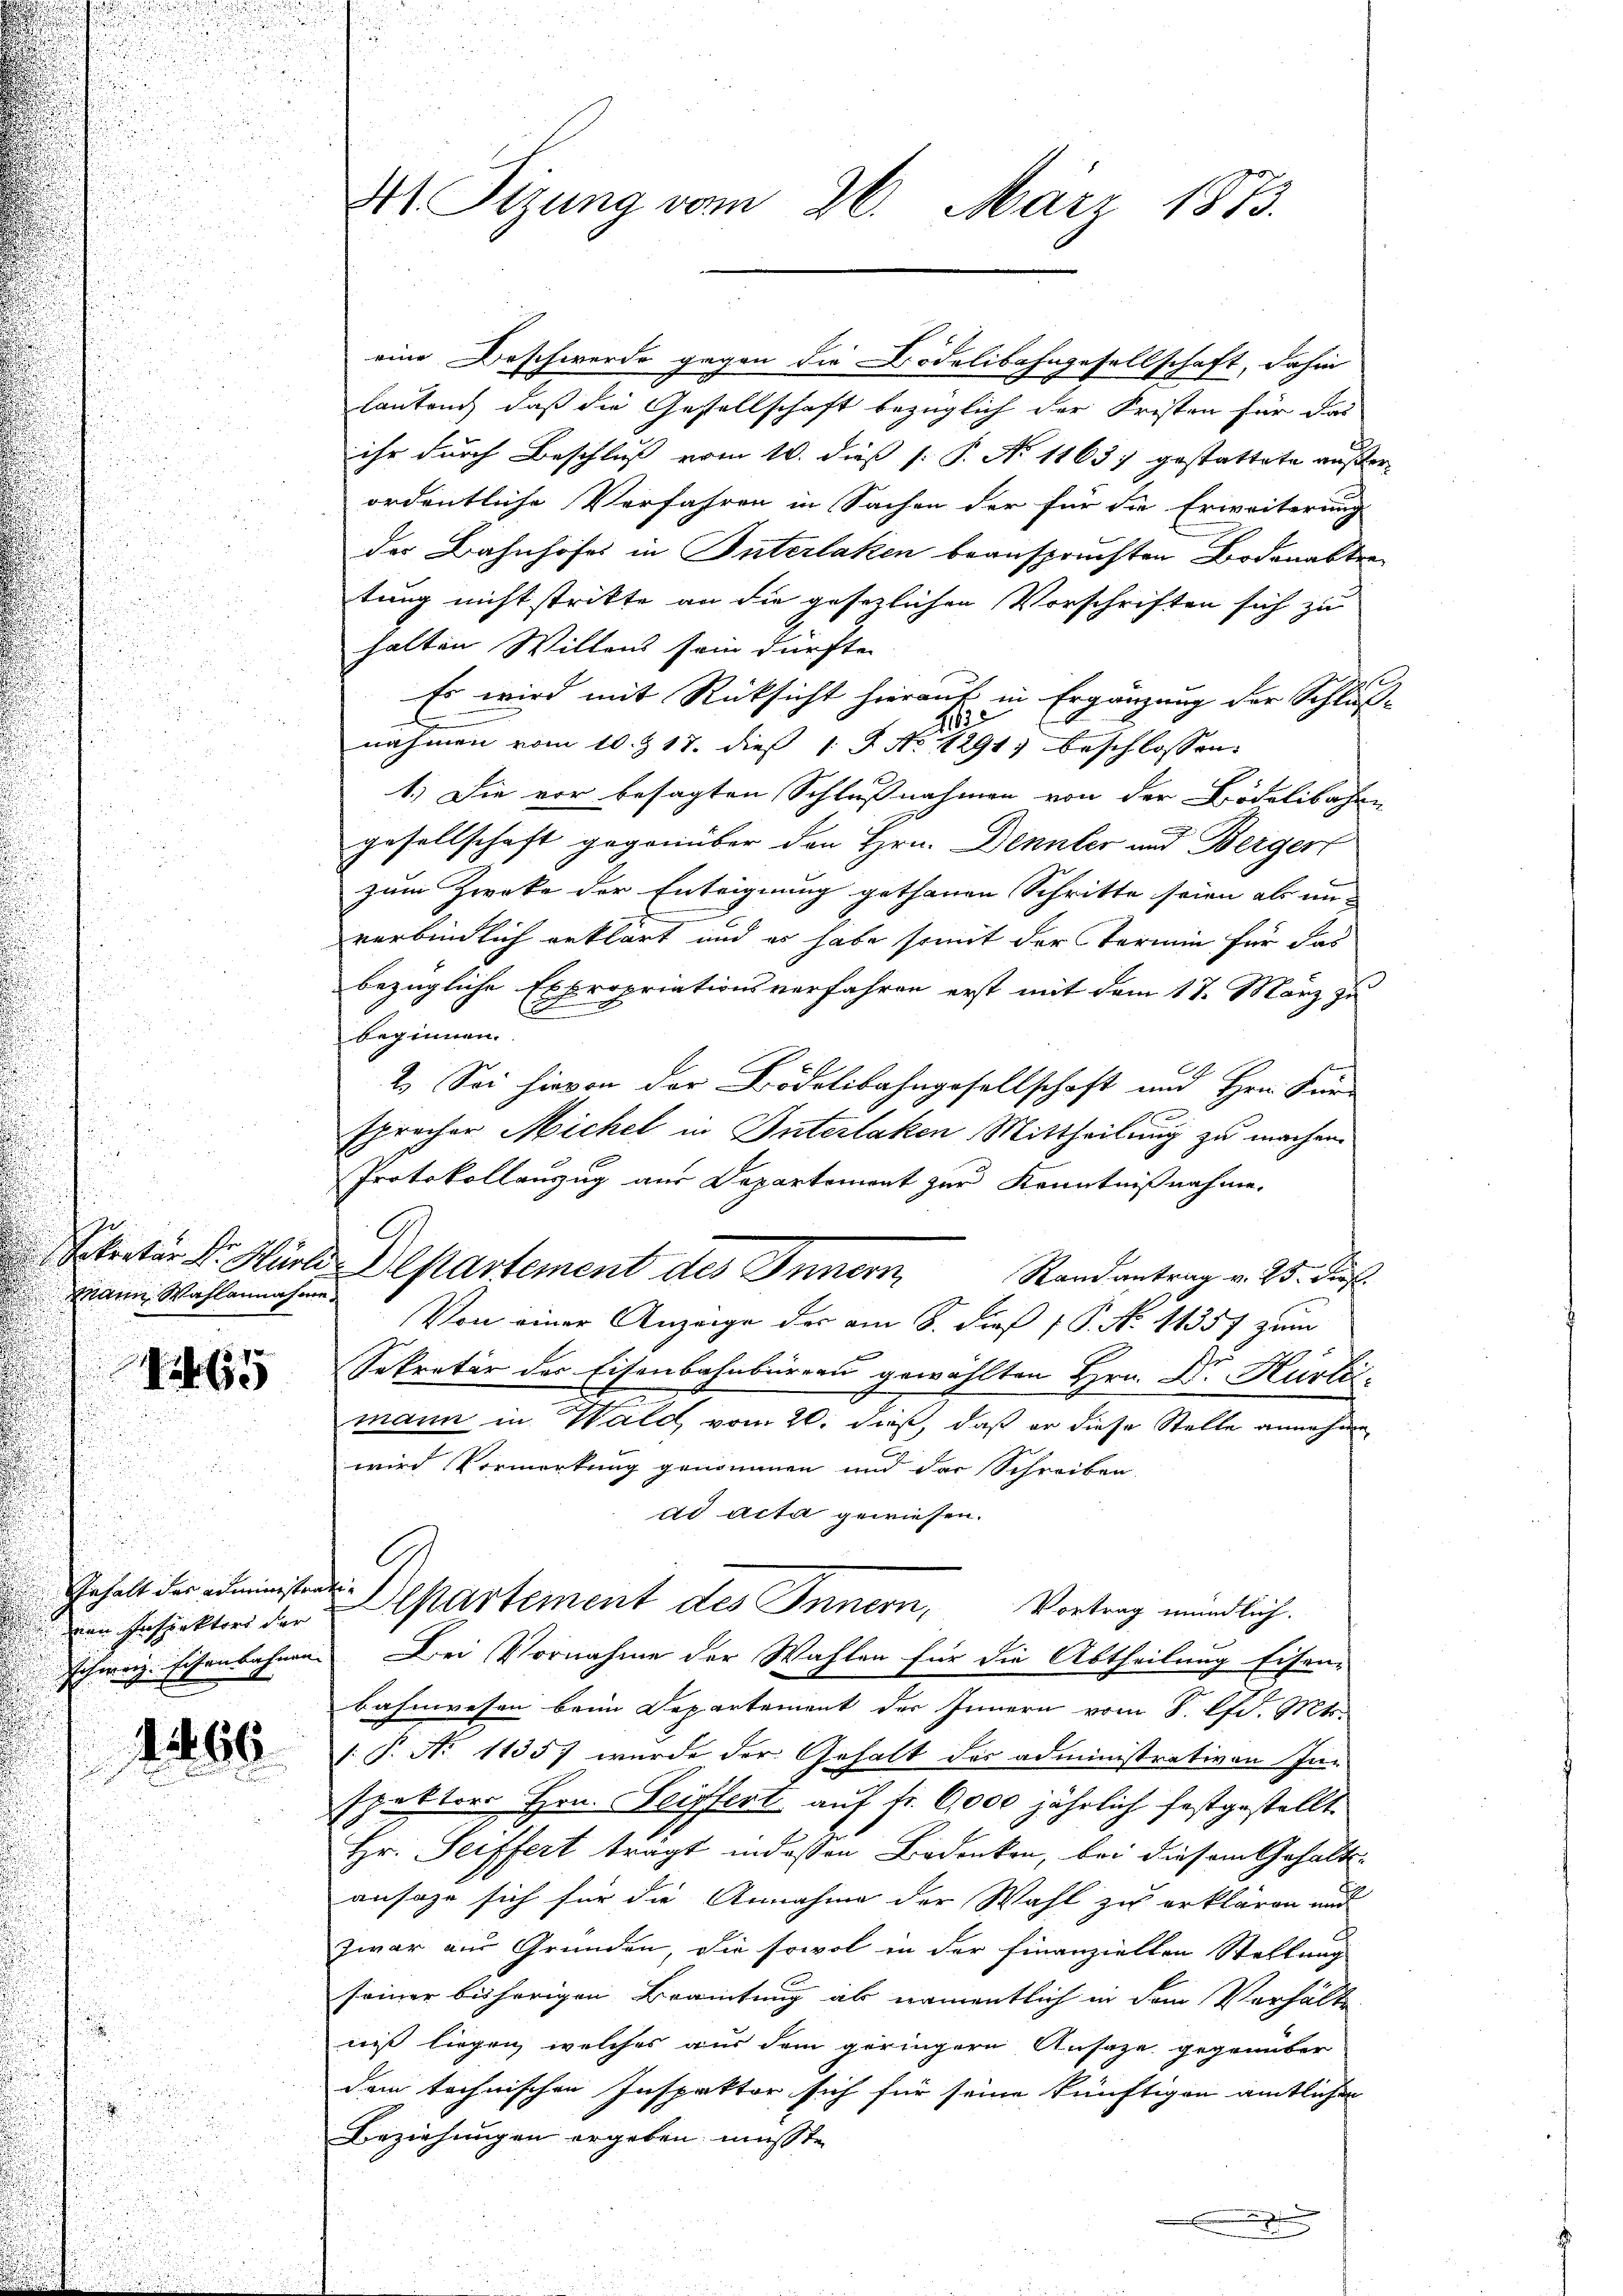
Mann Wahlannahme.
165

Gehalt das administrati¬

1466.

eine Beschwerde gegen die Bodelibahngesellschaft, dahin
lautend daß die Gesellschaft bezüglich der Fristen für das
ihr durch Beschluß vom 10. dieß (: P. No 11637 gestattete außerordentliche Verfahren in Sachen der für die Erweiterung
der Bahnhofes in Interlaken beanspruchten Bodenabtretung nicht stritte an die gesetzlichen Vorschriften sich zu
halten Willens sein dürfte.
Es wird mit Rücksicht hierauf in Ergänzung der Schluß-
.
41
nahmen vom 10. & 17. dieß 15 No 1291) beschlossen:
1.) Die vor besagten Schlußnahmen von der Bödelibachen
gesellschaft gegenüber den Hrn. Dennter und Berger
zum Zwecke der Enteignung gethanen Schritte seien als im
verbindlich erklärt und es habe somit der Termin für das
bezügliche Expropriationsverfahren erst mit dem 17. März zu
beginnen.
2.) Sei hievon der Bödelibahngesellschaft und Hrn. Für-
1
sprecher Michel in Interlaken Mittheilung zu machen.
Protokollanzug aus Departement zur Kenntnißnahme.
Randantrag v. 25. Dief.
Von einer Anzeige der am 8. dieß P. N. 11357 zum
Sekretär der Eisenbahnbirren gewählten Hrn. Dr. Hürli¬
.
mann in Wald vom 20. daß, daß er diese Stelle annehme
wird Vormerkung genommen und das Schreiben
ad acta gewiesen.
A
in Inspektor der partement des Innern, Vortrag mündlich.
schweiz. Eisenbahnen. Bei Vornahme der Wahlen für die Abtheilung Eisen-
bahnwesen beim Departement der Innern vom 8. lfd. Mts.
.P. No 1135) wurde der Gehalt der administrativen In-
spektors Hrn. Seiffert auf Fr. 6,000 jährlich festgestellt.
Hr. Seiffert trägt in dessen Bedenken, bei diesem Gehalts-
ansage sich für die Annahme der Wahl zu erklären und
zwar aus Grunden, die sowol in der Finanzielten Stellung
seiner bisherigen Beamtung als namentlich in dem Verhälte
niß liegen, welches aus dem geringere Ansaze gegenüber
dem technischen Inspektor sich für seine künftigen amtlichen
Beziehungen ergeben müsste
x

4 Sizung vom 26. März 1873.

Sekretär. Dr. Hürl. Departement des Innern